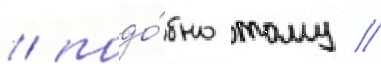
/ подо́бно тому /